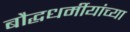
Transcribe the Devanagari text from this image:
बौद्धधर्मीयांच्या